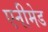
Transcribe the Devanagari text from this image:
एनीमेड